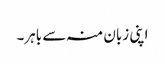
اپنی زبان منہ سے باہر۔